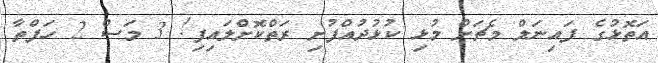
އަތޮޅުގެ ފައިނަލް މެޗަށް މުޅި ކުޅުދުއްފުށި ރަތްކޮށްލައިފި! 3 މަސް 2 ހަފްތާ